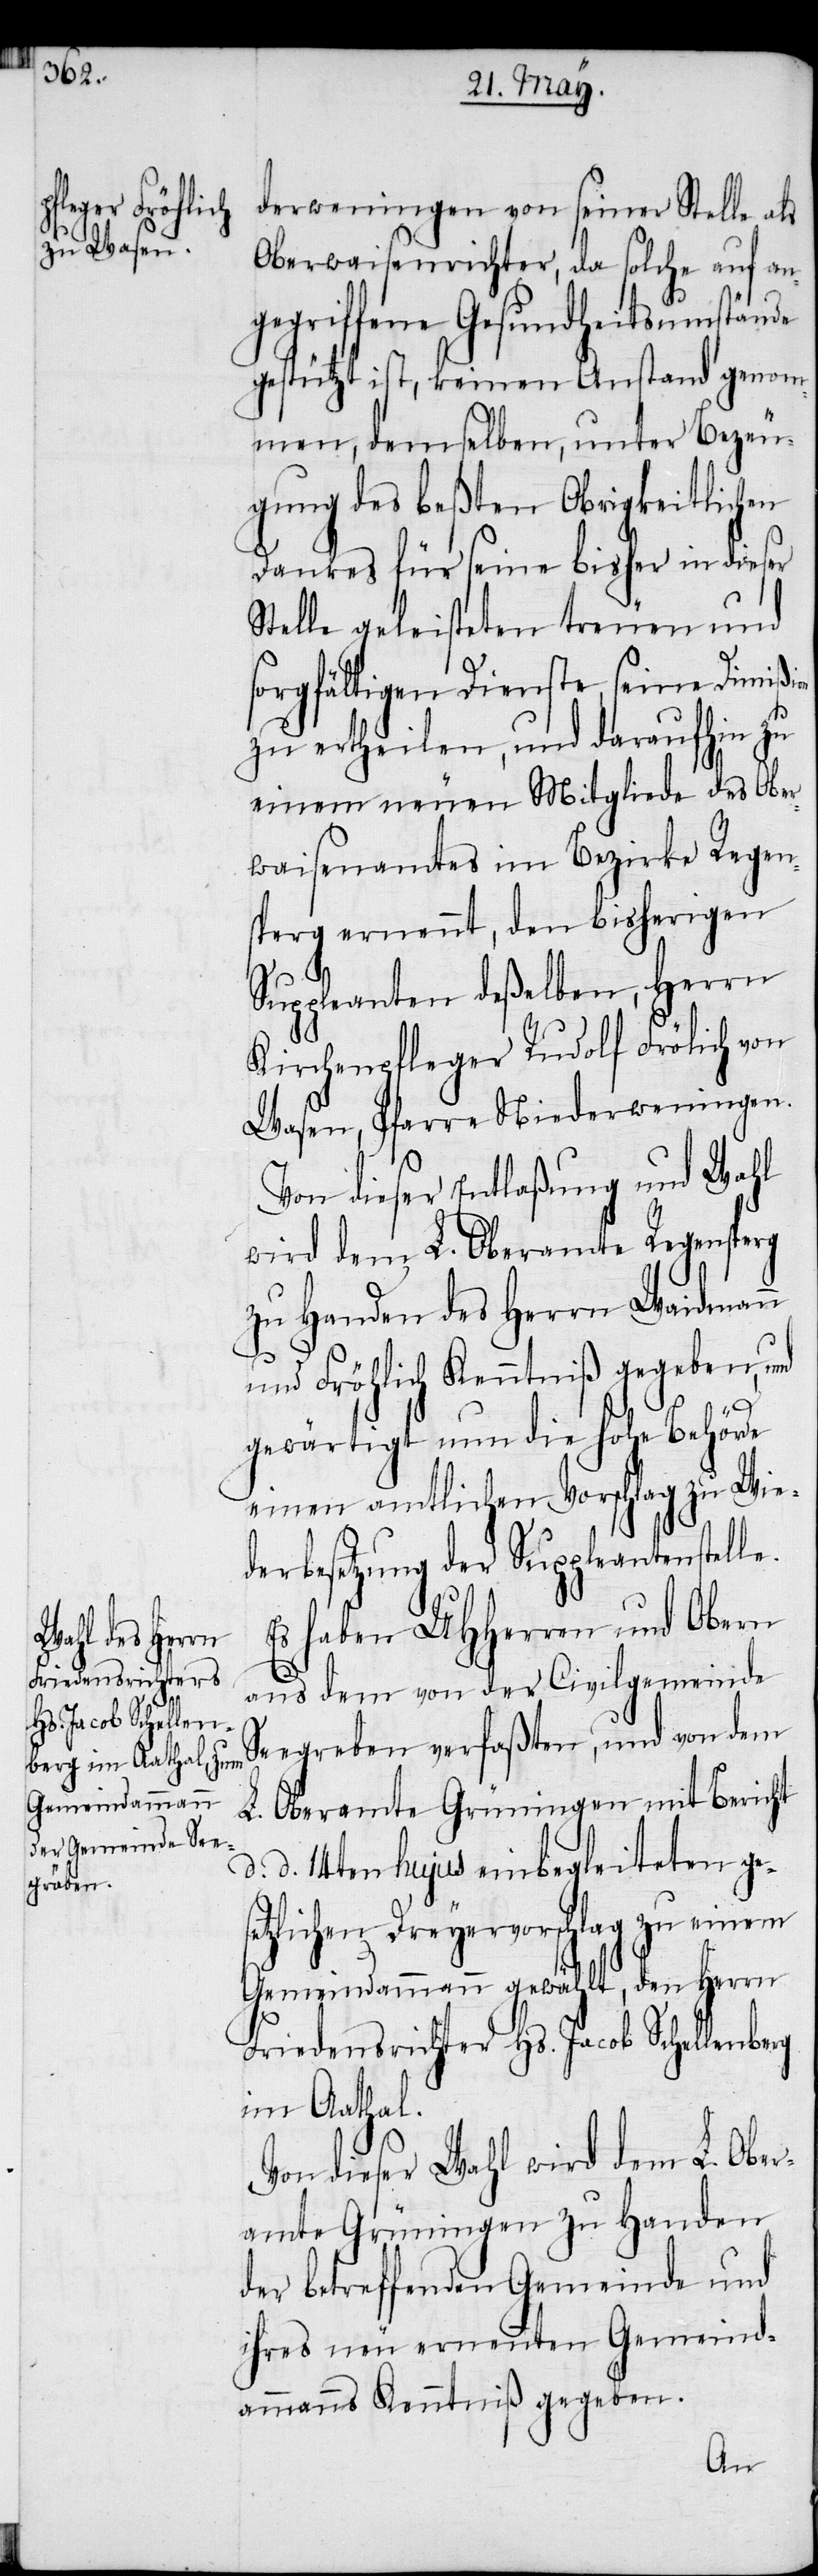
derweningen von seiner Stelle als
Oberwaisenrichter, da solche auf an¬
gegriffene Gesundheitsumstände
gestützt ist, keinen Anstand genom¬
men, demselben, unter Bezeu¬
gung des beßten Obrigkeitlichen
Dankes für seine bisher in dieser
Stelle geleisteten treuen und
sorgfältigen Dienste, seine Dimißi¬
zu ertheilen, und daraufhin zu
einem neuen Mitgliede des Ober¬
waisenamtes im Bezirke Regen¬
sperg ernennt, den bisherigen
Suppleanten deßelben, Herrn
Kirchenpfleger Rudolf Frölich
Wasen, Pfarre Niederweningen.
Von dieser Entlaßung und Wahl
wird dem L. Oberamte Regensperg
zu Handen des Herrn Waidmann
und Fröhlich Kenntniß gegeben, und
gewärtigt nun die hohe Behörde
einen amtlichen Vorschlag zu Wie¬
derbesetzung der Suppleantenstelle.
Es haben UHHerren und Obern
se¬
aus dem von der Civilgemeinde
Seegreben verfaßten, und von dem
L. Oberamte Grüningen mit Bericht
d. d. 14ten hujus einbegleiteten ge¬
tzlichen Dreyervorschlag zu einem
Gemeindammann gewählt, den Herrn
Friedensrichter Hs. Jacob Schellenberg
im Aathal.
Von dieser Wahl wird dem L. Ober¬
amte Grüningen zu Handen
der betreffenden Gemeinde und
ihres neu ernennten Gemeind¬
ammanns Kenntniß gegeben.